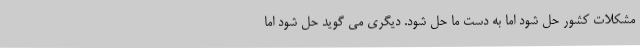
مشکلات کشور حل شود اما به دست ما حل شود. دیگری می گوید حل شود اما